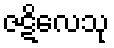
ဇဋိလေသု